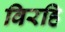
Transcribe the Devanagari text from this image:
विरहि